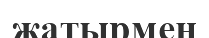
жатырмен